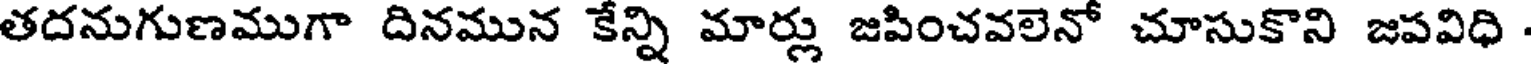
తదనుగుణముగా దినమున కేన్ని మార్లు జపించవలెనో చూసుకొని జపవిధి